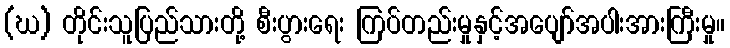
(ဃ) တိုင်းသူပြည်သားတို့ စီးပွားရေး ကြပ်တည်းမှုနှင့်အပျော်အပါးအားကြီးမှု။